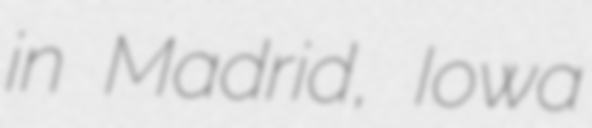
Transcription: in Madrid, Iowa